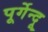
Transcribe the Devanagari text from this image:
पूर्गेन्दू